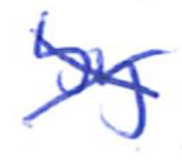
Text: by
Cross-out: mix
Writing tool: ballpoint